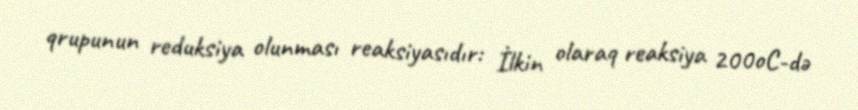
qrupunun reduksiya olunması reaksiyasıdır: İlkin olaraq reaksiya 200oC-də